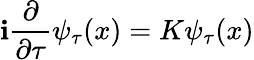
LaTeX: \mathbf{i}\frac{{\partial}}{{\partial\tau}}\psi_{\tau}(x)=K\psi_{\tau}(x)